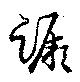
蹶